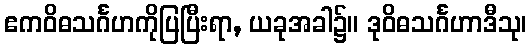
ဧကဝိဓသင်္ဂဟကိုပြပြီးရာ, ယခုအခါ၌။ ဒုဝိဓသင်္ဂဟာဒီသု၊